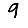
Digit: 9